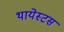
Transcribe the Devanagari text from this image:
थायेस्टस